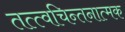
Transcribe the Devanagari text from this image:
तत्त्वचिन्तनात्मक